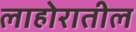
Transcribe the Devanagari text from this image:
लाहोरातील